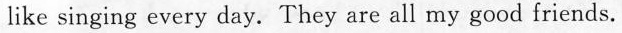
like singing every day. They are all my good friends.